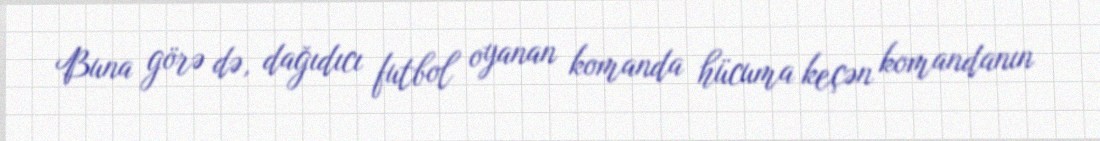
Buna görə də, dağıdıcı futbol oyanan komanda hücuma keçən komandanın